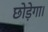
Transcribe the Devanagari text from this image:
छोड़ेगा।